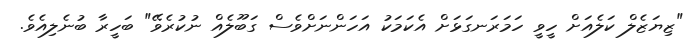
"ޒިޔަޒެލް ކަލެއަށް ހީވީ ހަމަރަނގަޅަށް އެކަމަކު އަހަންނަށްވެސް ގަބޫލެއް ނުކުރެވޭ" ބަހީރާ ބުނެލިއެވެ.